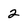
Character: 2